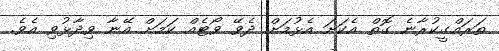
ތަރައްގީކުރާނެ ގޮތް އެކަށަ އެޅުމަށް ދެވޭ ވޯޓެއް ކަމަށް އޭނާ ވިދާޅުވި އެވެ.